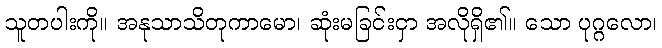
သူတပါးကို။ အနုသာသိတုကာမော၊ ဆုံးမခြင်းငှာ အလိုရှိ၏။ သော ပုဂ္ဂလော၊